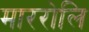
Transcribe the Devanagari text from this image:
माररोलि